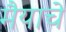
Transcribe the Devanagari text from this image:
मैयाचे